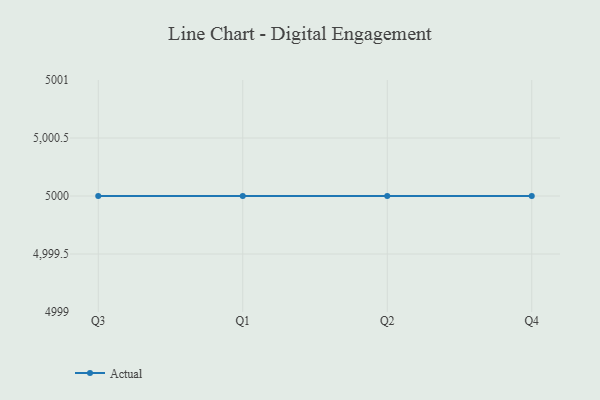
{"axis": {"x": "Quarter", "y": "Backlog"}, "legend": ["Actual"], "data": [{"x": "Q3", "y": 5000, "type": "Actual"}, {"x": "Q1", "y": 5000, "type": "Actual"}, {"x": "Q2", "y": 5000, "type": "Actual"}, {"x": "Q4", "y": 5000, "type": "Actual"}]}